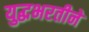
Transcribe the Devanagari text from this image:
युद्धभरतीने